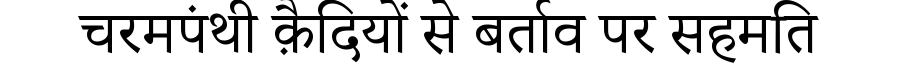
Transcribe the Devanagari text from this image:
चरमपंथी क़ैदियों से बर्ताव पर सहमति